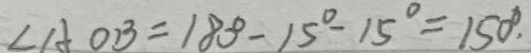
\angle A O B = 1 8 0 ^ { \circ } - 1 5 ^ { \circ } - 1 5 ^ { \circ } = 1 5 0 ^ { \circ }